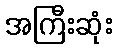
အကြီးဆုံး